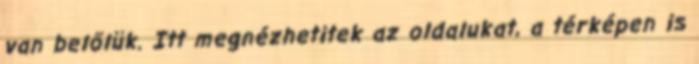
van belőlük. Itt megnézhetitek az oldalukat, a térképen is